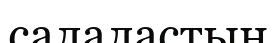
салаластың